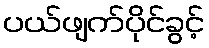
ပယ်ဖျက်ပိုင်ခွင့်